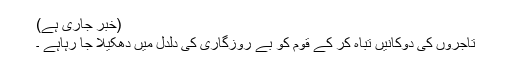
(خبر جاری ہے)
تاجروں کی دوکانیں تباہ کر کے قوم کو بے روزگاری کی دلدل میں دھکیلا جا رہاہے ۔